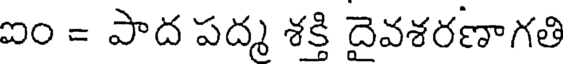
ఐం = పాద పద్మ శక్తి దైవశరణాగతి